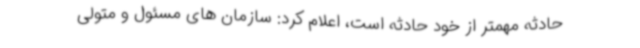
حادثه مهمتر از خود حادثه است، اعلام کرد: سازمان های مسئول و متولی